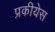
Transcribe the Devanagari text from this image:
प्रकीयेस